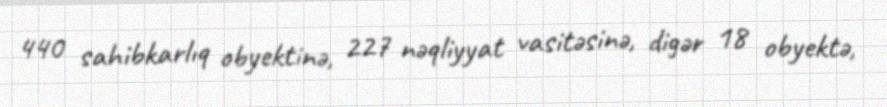
440 sahibkarlıq obyektinə, 227 nəqliyyat vasitəsinə, digər 18 obyektə,